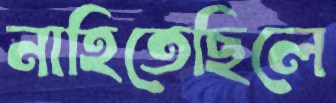
নাহিতেছিলে